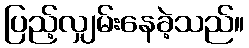
ပြည့်လျှမ်းနေခဲ့သည်။